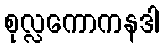
စုလ္လကောကနဒါ